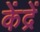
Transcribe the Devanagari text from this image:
केंद्रें